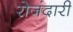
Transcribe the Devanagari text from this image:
रोजंदारी